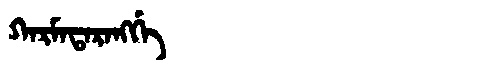
Manchu: ᡴᠠᡵᠮᠠᡨᠠᡵᠠᠩᡤᡝ
Romanization: KARMATARANGGE